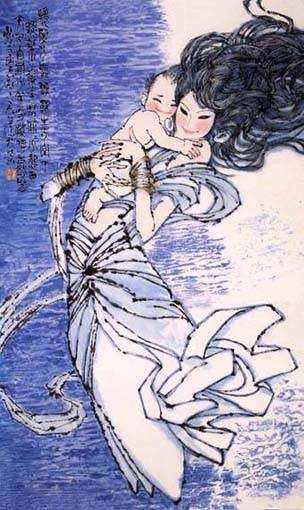
绿叶兮素华，芳菲菲兮袭予